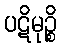
ပဋိမုဉ္စိ